NAE_ERA_R-1886_ENSV_Rahvamajanduse_Noukogu_Kergetoostuse_Valitsus, lk 163
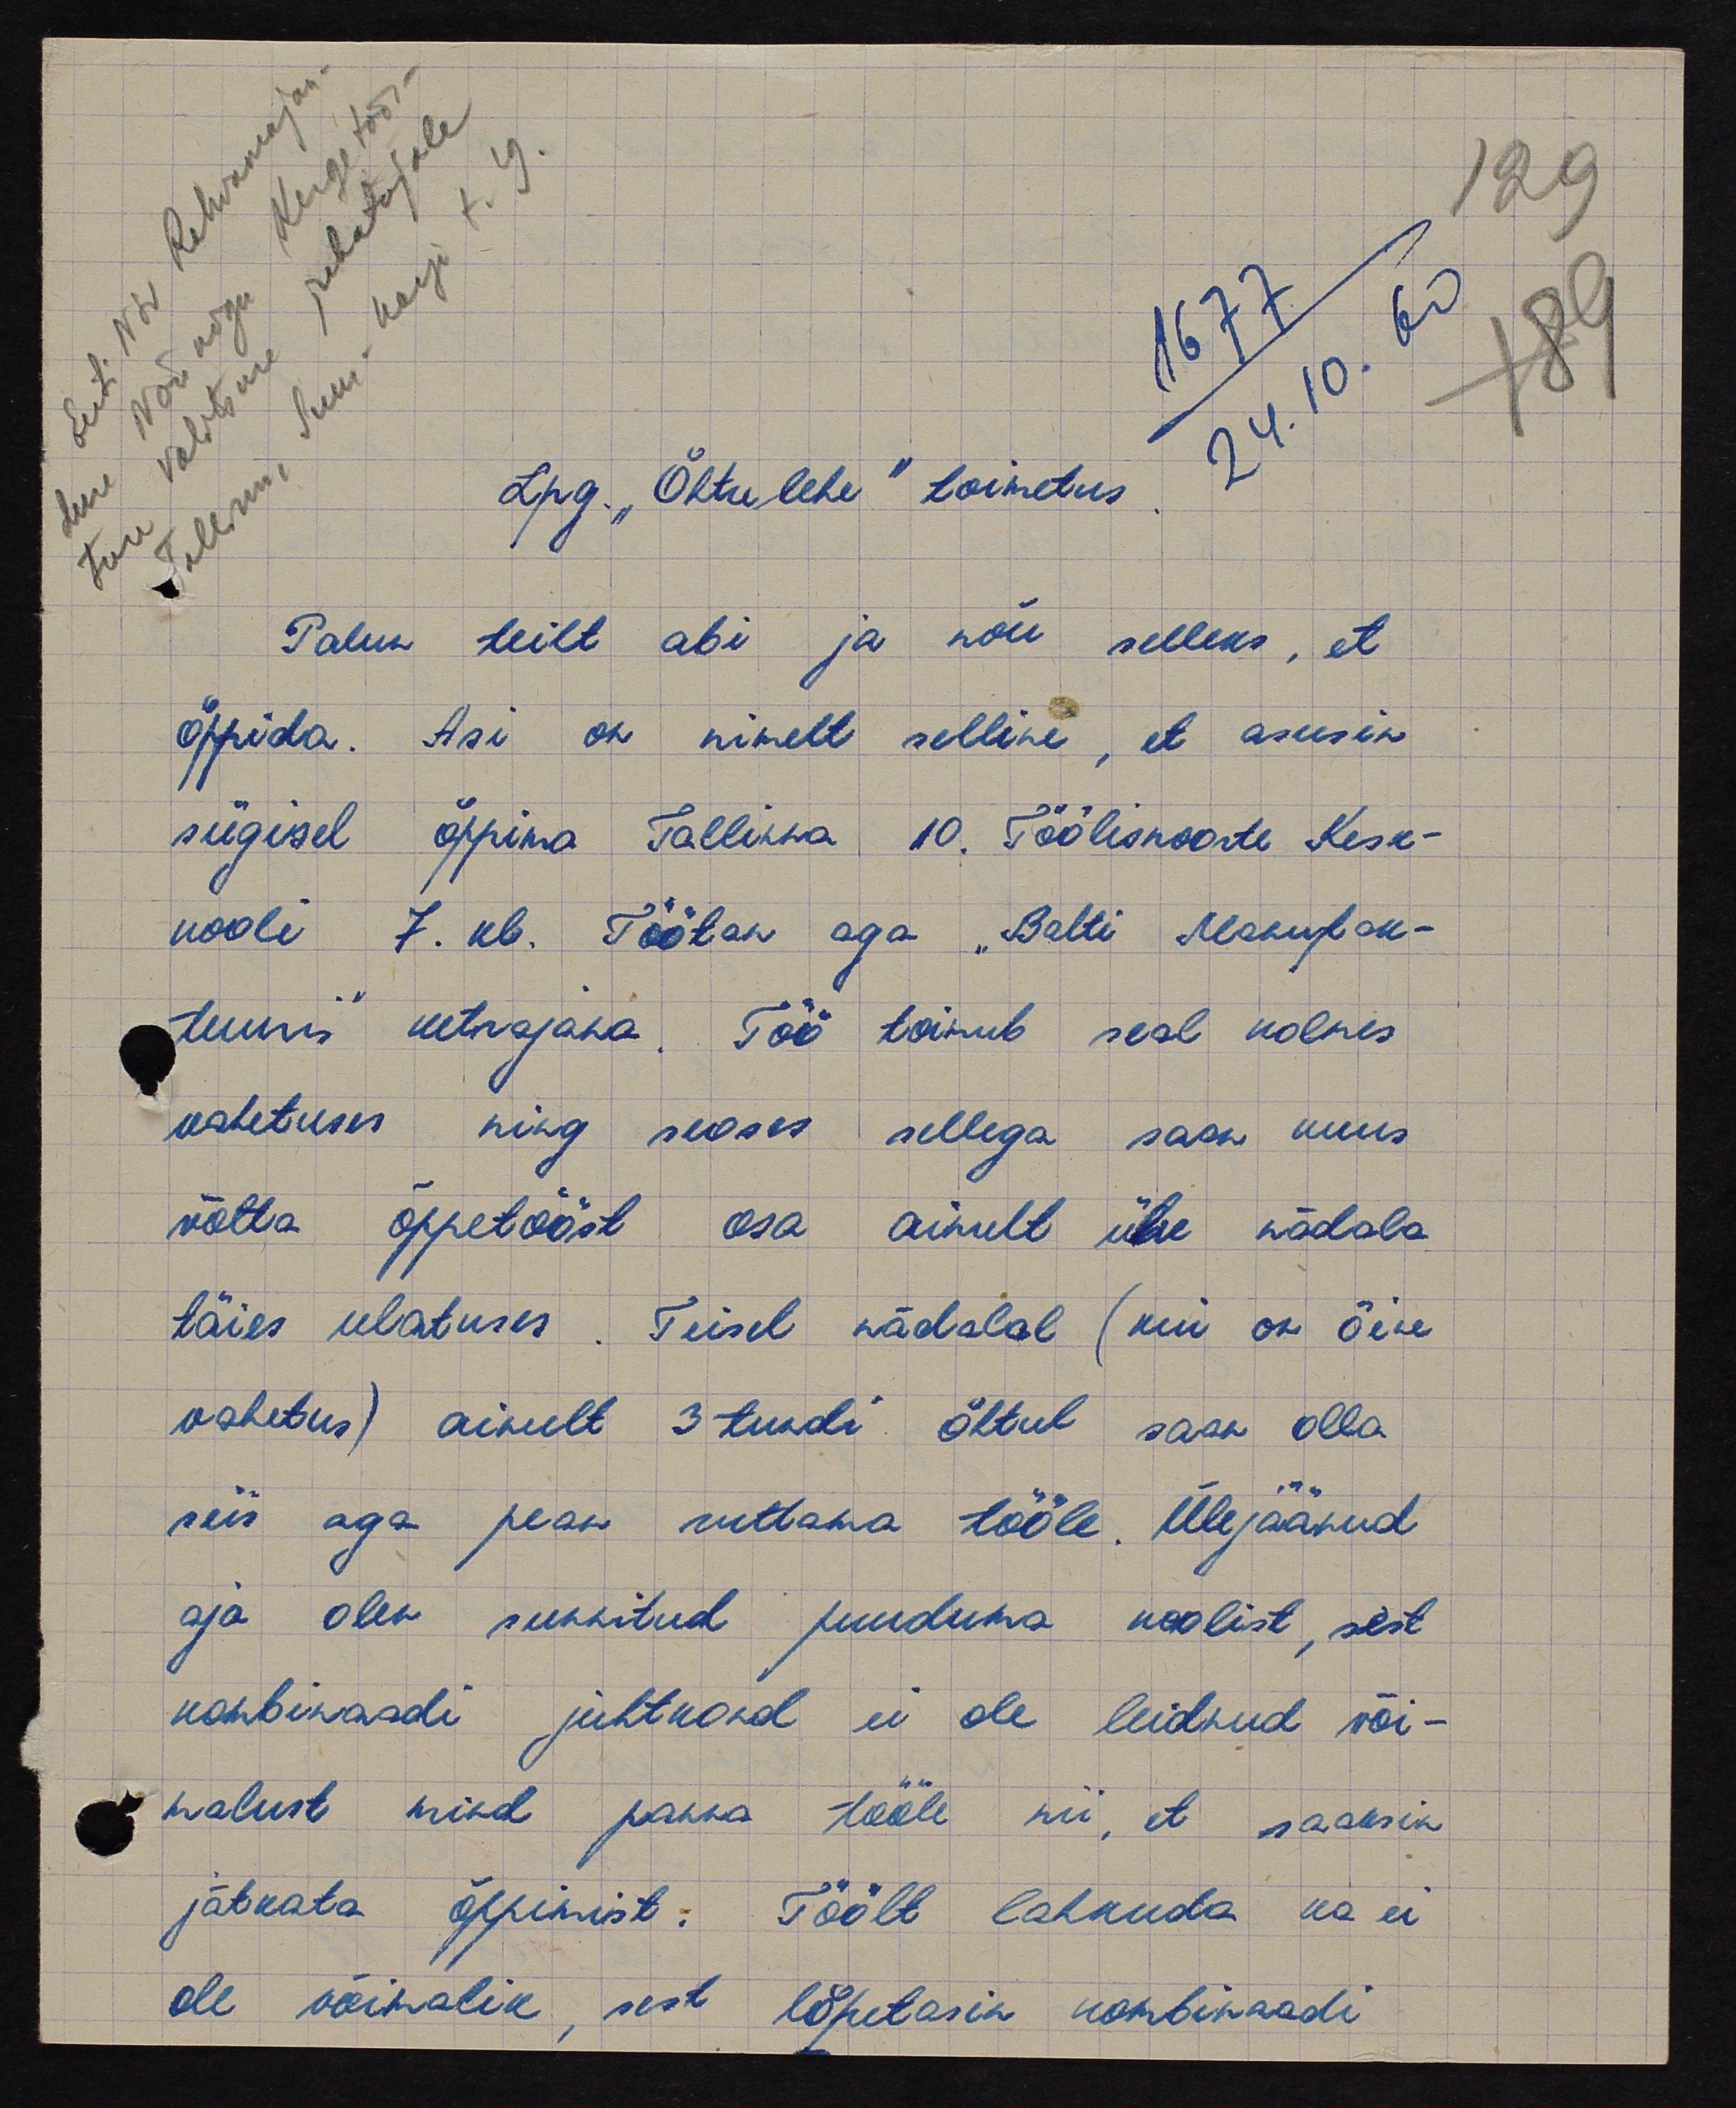
Eesti NSV Rahvamajan-
duse Nõukogu
Kergetöös-
tuse
valitsuse juhatajale
Tallinn
Suur-Karja t. 9.
1677
24.10.60
129
189
Lpg. "Õhtulehe" toimetus.
Palun teilt abi ja nõu selleks, et
õppida. Asi on nimelt selline, et asusin
sügisel õppima Tallinna 10. Töölisnoorte Kesk-
kooli 7. kl. Töötan aga "Balti Makufak-
tuuris ketrajana. Töö toimub seal kolmes
vahetuses ning seoses sellega saan kuus
võtta õppetööst osa ainult ühe nädala
täies ulatuses. Teisel nädalal (kui on öine
vahetus) ainult 3 tundi õhtul saan olla
siis aga pean ruttama tööle. Ülejäänud
aja olen sunnitud puuduma koolist, sest
kombinaadi juhtkond ei ole leidnud või-
malust mind panna tööle nii, et saaksin
jätkata õppimist. Töölt lahkuda ka ei
ole võimalik, sest lõpetasin kombinaadi